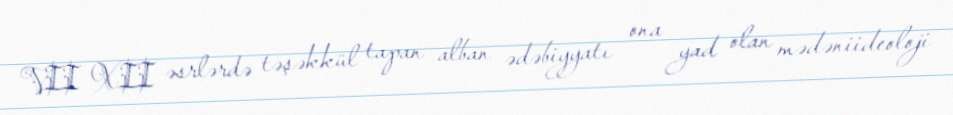
VII–XII əsrlərdə təşəkkül tapan alban ədəbiyyatı ona yad olan mədəniideoloji